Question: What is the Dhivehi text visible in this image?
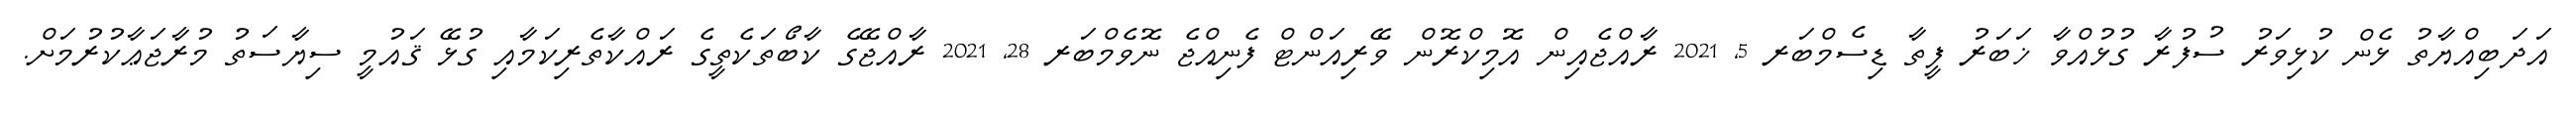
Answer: އަދަބިއްޔާތު ޅެން ކުޅިވަރު ސުފުރާ ގުޅުއްވާ ޚަބަރު ފީތާ ޑިސެމްބަރ 5, 2021 ރާއްޖެއިން އޮމިކްރޮން ވޭރިއަންޓް ފެނިއްޖެ ނޮވެމްބަރ 28, 2021 ރާއްޖޭގެ ކާބޯތަކެތީގެ ރައްކާތެރިކަމާއި ގުޅޭ ޤައުމީ ސިޔާސަތު މުރާޖަޢާކުރުމަށް.